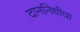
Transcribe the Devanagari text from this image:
दाननिधीचा